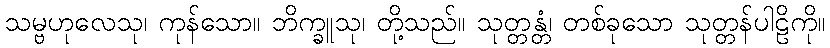
သမ္ဗဟုလေသု၊ ကုန်သော။ ဘိက္ခူသု၊ တို့သည်။ သုတ္တန္တံ၊ တစ်ခုသော သုတ္တန်ပါဠိကို။